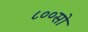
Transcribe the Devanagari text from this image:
८००सो